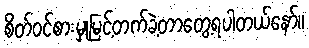
စိတ်ဝင်စားမှုမြင့်တက်ခဲ့တာတွေ့ရပါတယ်နော်။